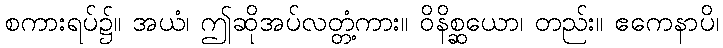
စကားရပ်၌။ အယံ၊ ဤဆိုအပ်လတ္တံ့ကား။ ဝိနိစ္ဆယော၊ တည်း။ ဧကေနာပိ၊